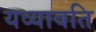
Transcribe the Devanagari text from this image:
यव्यावति